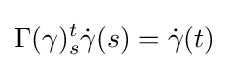
\Gamma (\gamma )_{s}^{t}{\dot {\gamma }}(s)={\dot {\gamma }}(t)